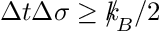
\Delta t \Delta \sigma \geq { \slash \! \! \! k } _ { \! { B } } / 2